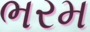
ભરમ